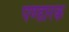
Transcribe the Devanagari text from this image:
पण्डारक